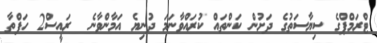
ޓްރަމްޕްގެ ސިޔާސަތުގެ ދަށުން ކަންތައް ކުރައްވާނަމަ ދުނިޔެ އަމާންވާނެ  ރައީސް2 ހަފްތާ